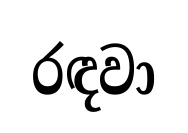
රඳවා